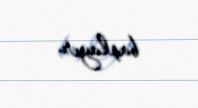
başlayır.